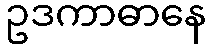
ဥဒကာဓာနေ